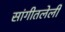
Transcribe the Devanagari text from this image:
सांगीतलेली